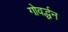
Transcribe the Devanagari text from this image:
गोवर्द्धन